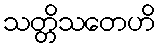
သတ္တိသတေဟိ